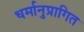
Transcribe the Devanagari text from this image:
धर्मानुप्रागित